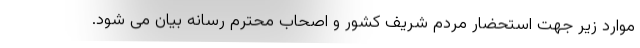
موارد زیر جهت استحضار مردم شریف کشور و اصحاب محترم رسانه بیان می شود.